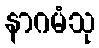
နာဂမံသု